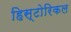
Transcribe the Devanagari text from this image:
हिस्‍टोरिकल